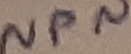
Text: NPN